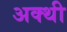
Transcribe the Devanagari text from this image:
अक्थी